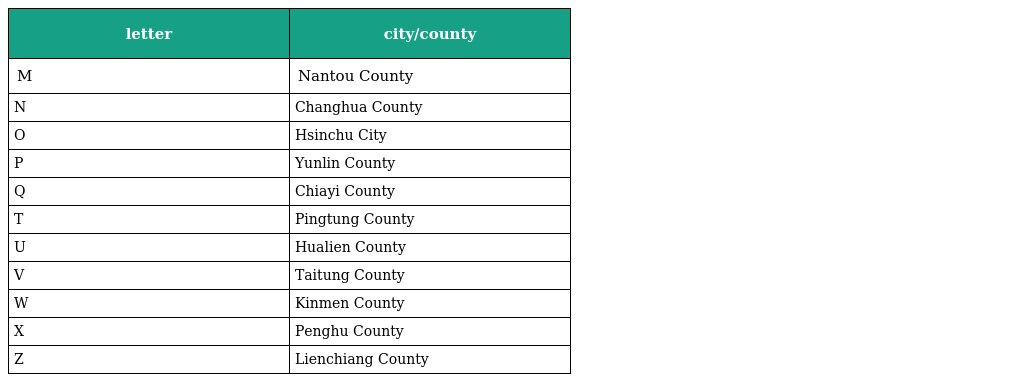
| letter | city/county |
 | --- | --- |
 | M | Nantou County |
 | N | Changhua County |
 | O | Hsinchu City |
 | P | Yunlin County |
 | Q | Chiayi County |
 | T | Pingtung County |
 | U | Hualien County |
 | V | Taitung County |
 | W | Kinmen County |
 | X | Penghu County |
 | Z | Lienchiang County |